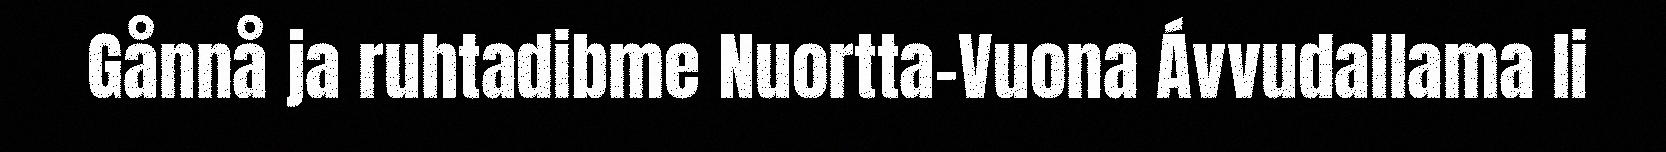
Gånnå ja ruhtadibme Nuortta-Vuona Ávvudallama li